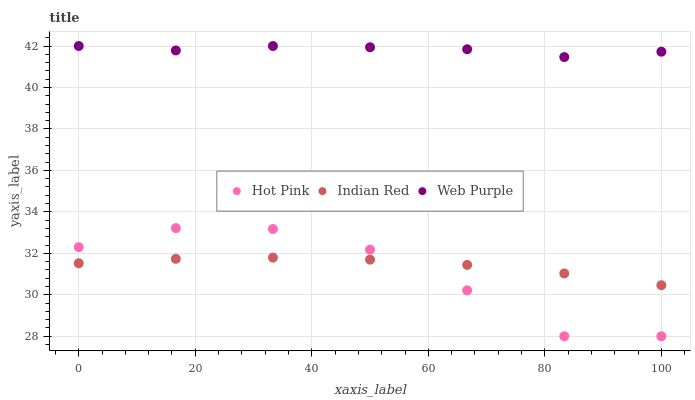
| xaxis_label | Hot Pink | Indian Red | Web Purple |
 | --- | --- | --- | --- |
 | 0 | 32.3 | 31.5 | 42 |
 | 16.7 | 33.2 | 31.7 | 41.8 |
 | 33.3 | 33.2 | 31.8 | 42 |
 | 50 | 32.2 | 31.7 | 41.9 |
 | 66.7 | 30.2 | 31.4 | 41.8 |
 | 83.3 | 28 | 31 | 41.5 |
 | 100 | 28 | 30.5 | 41.7 |